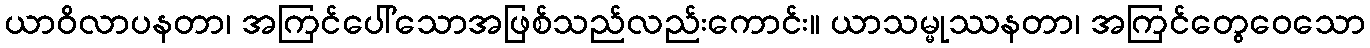
ယာဝိလာပနတာ၊ အကြင်ပေါ်သောအဖြစ်သည်လည်းကောင်း။ ယာသမ္မုဿနတာ၊ အကြင်တွေဝေသော